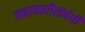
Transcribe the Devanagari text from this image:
महामारीसंबंधी